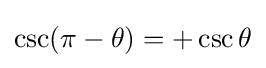
\csc(\pi -\theta )=+\csc \theta